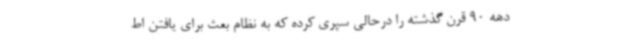
دهه 90 قرن گذشته را درحالی سپری کرده که به نظام بعث برای یافتن اط